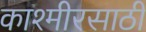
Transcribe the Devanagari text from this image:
काश्मीरसाठी